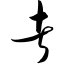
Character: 者